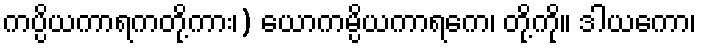
ကပ္ပိယကာရကတို့ကား၊) ယောကမ္ပိယကာရကေ၊ တို့ကို။ ဒါယကော၊